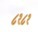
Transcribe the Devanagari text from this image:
८१८१